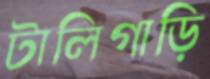
টালিগাড়ি